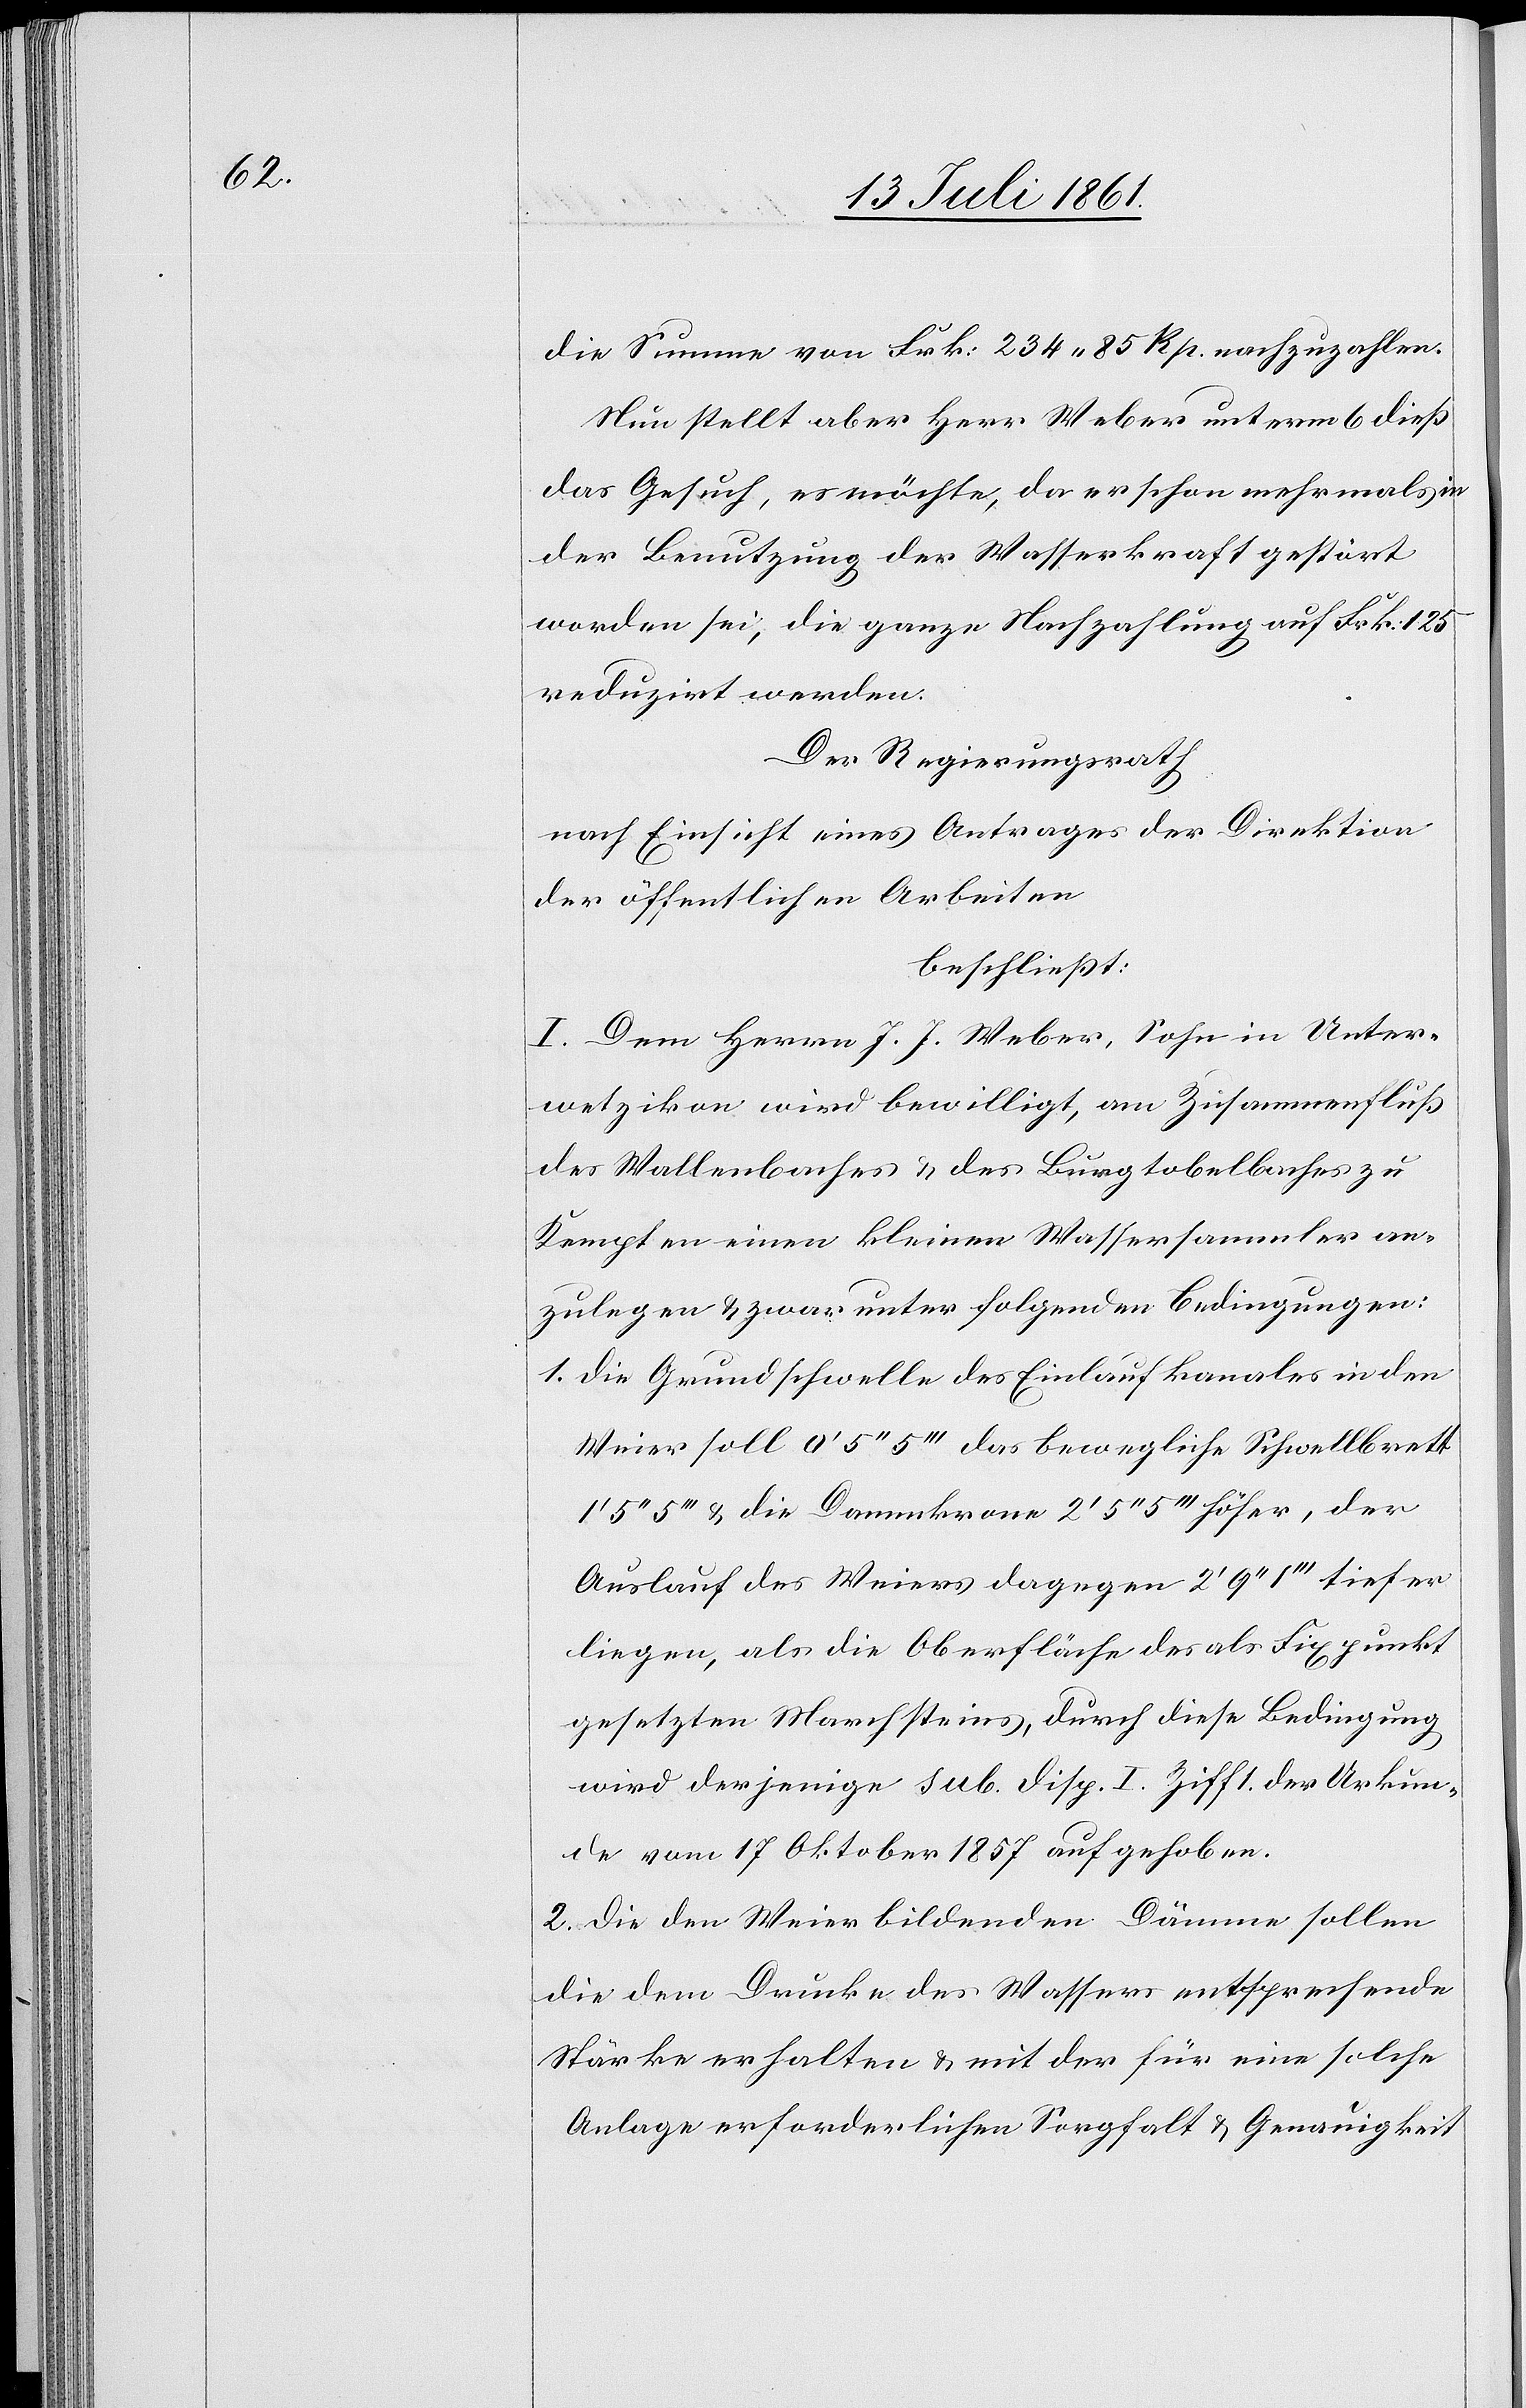
die Summe von Frk. 234.85 Rp. nachzuzahlen.
Nun stellt aber Herr Weber unterm 6 dieß
das Gesuch, es möchte, da er schon mehrmals in
der Benutzung der Wasserkraft gestört
worden sei, die ganze Nachzahlung auf Frk. 125
reduzirt werden.
Der Regierungsrath
nach Einsicht eines Antrages der Direktion
der öffentlichen Arbeiten
beschließt:
I. Dem Herrn J. J. Weber, Sohn in Unter¬
wetzikon wird bewilligt, am Zusammenfluß
des Wallenbaches u. des Burgtobelbaches zu
Kempten einen kleinen Wassersammler an¬
zulegen u. zwar unter folgenden Bedingungen:
1. Die Grundschwelle des Einlaufkanales in den
Weier soll 0’ 5“ 5’’’ das bewegliche Schwellbrett
5’’’ u. die Dammkrone 2’ 5“ 5’’’ höher, der
liegen, als die Oberfläche des als Fixpunkt
gesetzten Marchsteins, durch diese Bedingung
wird derjenige sub. disp. I Ziff. 1. der Urkun¬
de vom 17 Oktober 1857 aufgehoben.
2. Die den Weier bildenden Dämme sollen
die dem Drucke des Wassers entsprechende
Stärke erhalten u. mit der für eine solche
Anlage erforderlichen Sorgfalt u. Genauigkeit